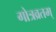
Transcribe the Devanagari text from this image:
गोत्रव्रतम्